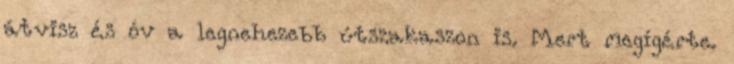
átvisz és óv a legnehezebb útszakaszon is. Mert megígérte.